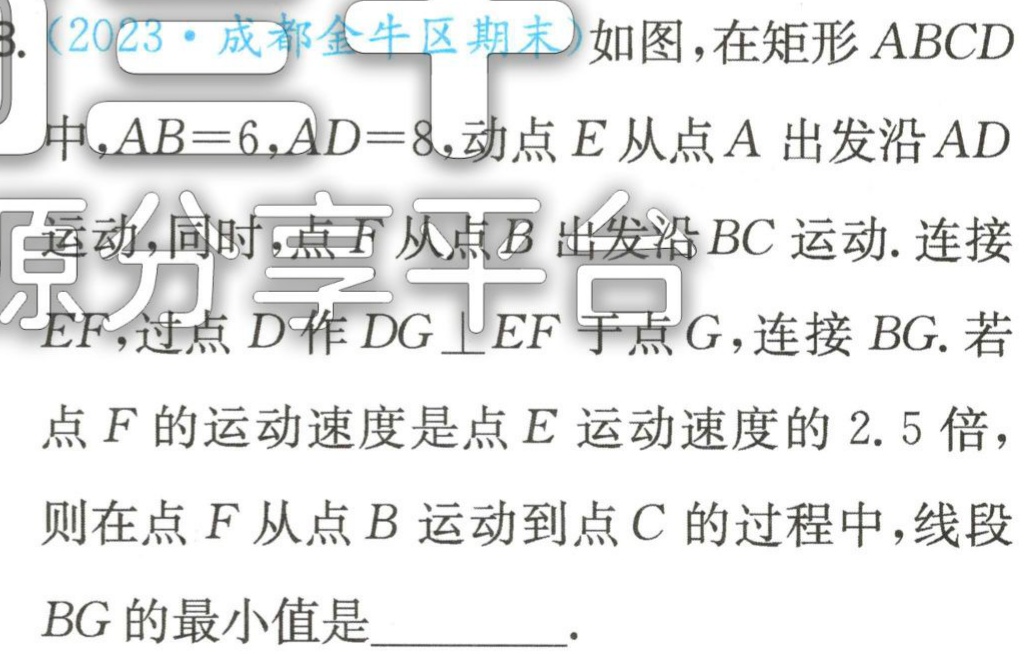
(2023·成都金牛区期末)如图，在矩形\(ABCD\)中，\(AB = 6\)，\(AD = 8\)，动点\(E\)从点\(A\)出发沿\(AD\)运动，同时，点\(F\)从点\(B\)出发沿\(BC\)运动. 连接\(EF\)，过点\(D\)作\(DG\perp EF\)于点\(G\)，连接\(BG\). 若点\(F\)的运动速度是点\(E\)运动速度的\(2.5\)倍，则在点\(F\)从点\(B\)运动到点\(C\)的过程中，线段\(BG\)的最小值是_________.